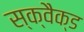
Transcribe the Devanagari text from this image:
स्क्वैक्ड